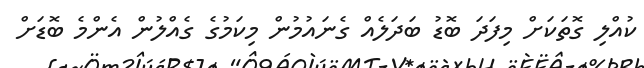
ކުއްލި ގޮތަަކަށް މިފަދަ ބޮޑު ބަދަލެއް ގެނައުމުން މިކަމުގެ ގެއްލުން އެންމެ ބޮޑަށް